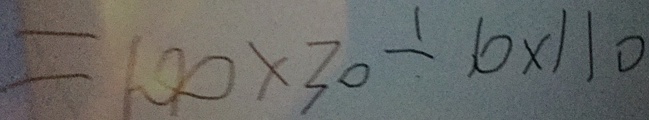
= 1 0 0 \times 3 0 \div 1 0 \times 1 1 0